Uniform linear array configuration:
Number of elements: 12
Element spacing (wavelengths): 0.5
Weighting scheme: uniform
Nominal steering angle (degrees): -60
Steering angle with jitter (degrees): -59.969
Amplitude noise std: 0.05
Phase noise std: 0.05

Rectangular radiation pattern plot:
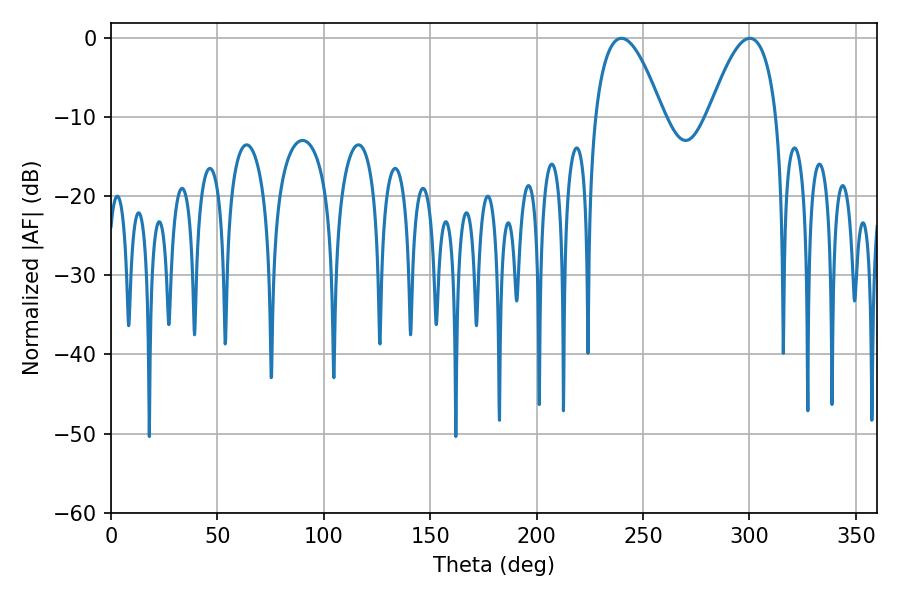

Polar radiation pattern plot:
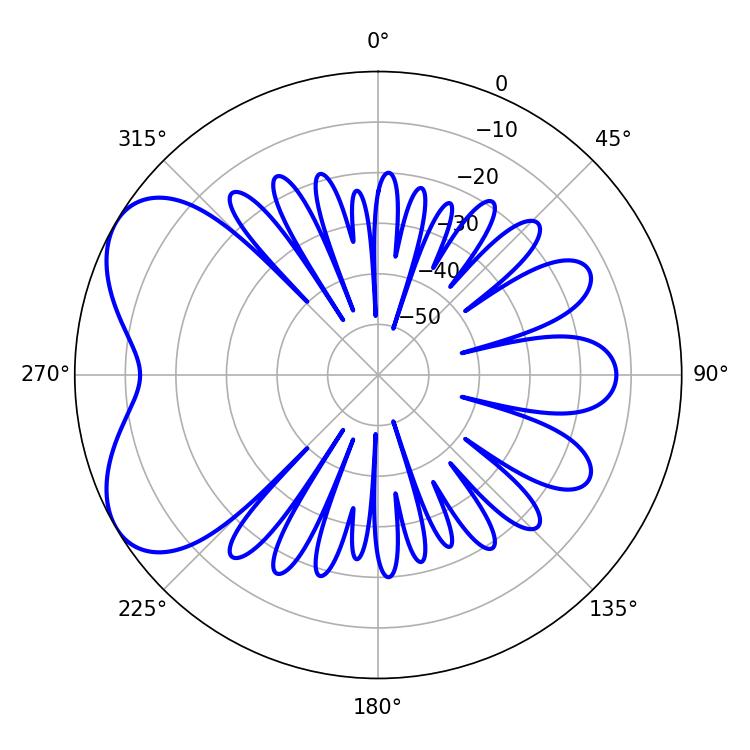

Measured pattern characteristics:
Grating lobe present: FALSE
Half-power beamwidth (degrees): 17.46
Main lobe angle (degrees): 239.76